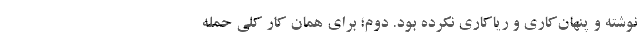
نوشته و پنهان‌کاری و ریاکاری نکرده بود. دوم؛ برای همان کار کلی حمله